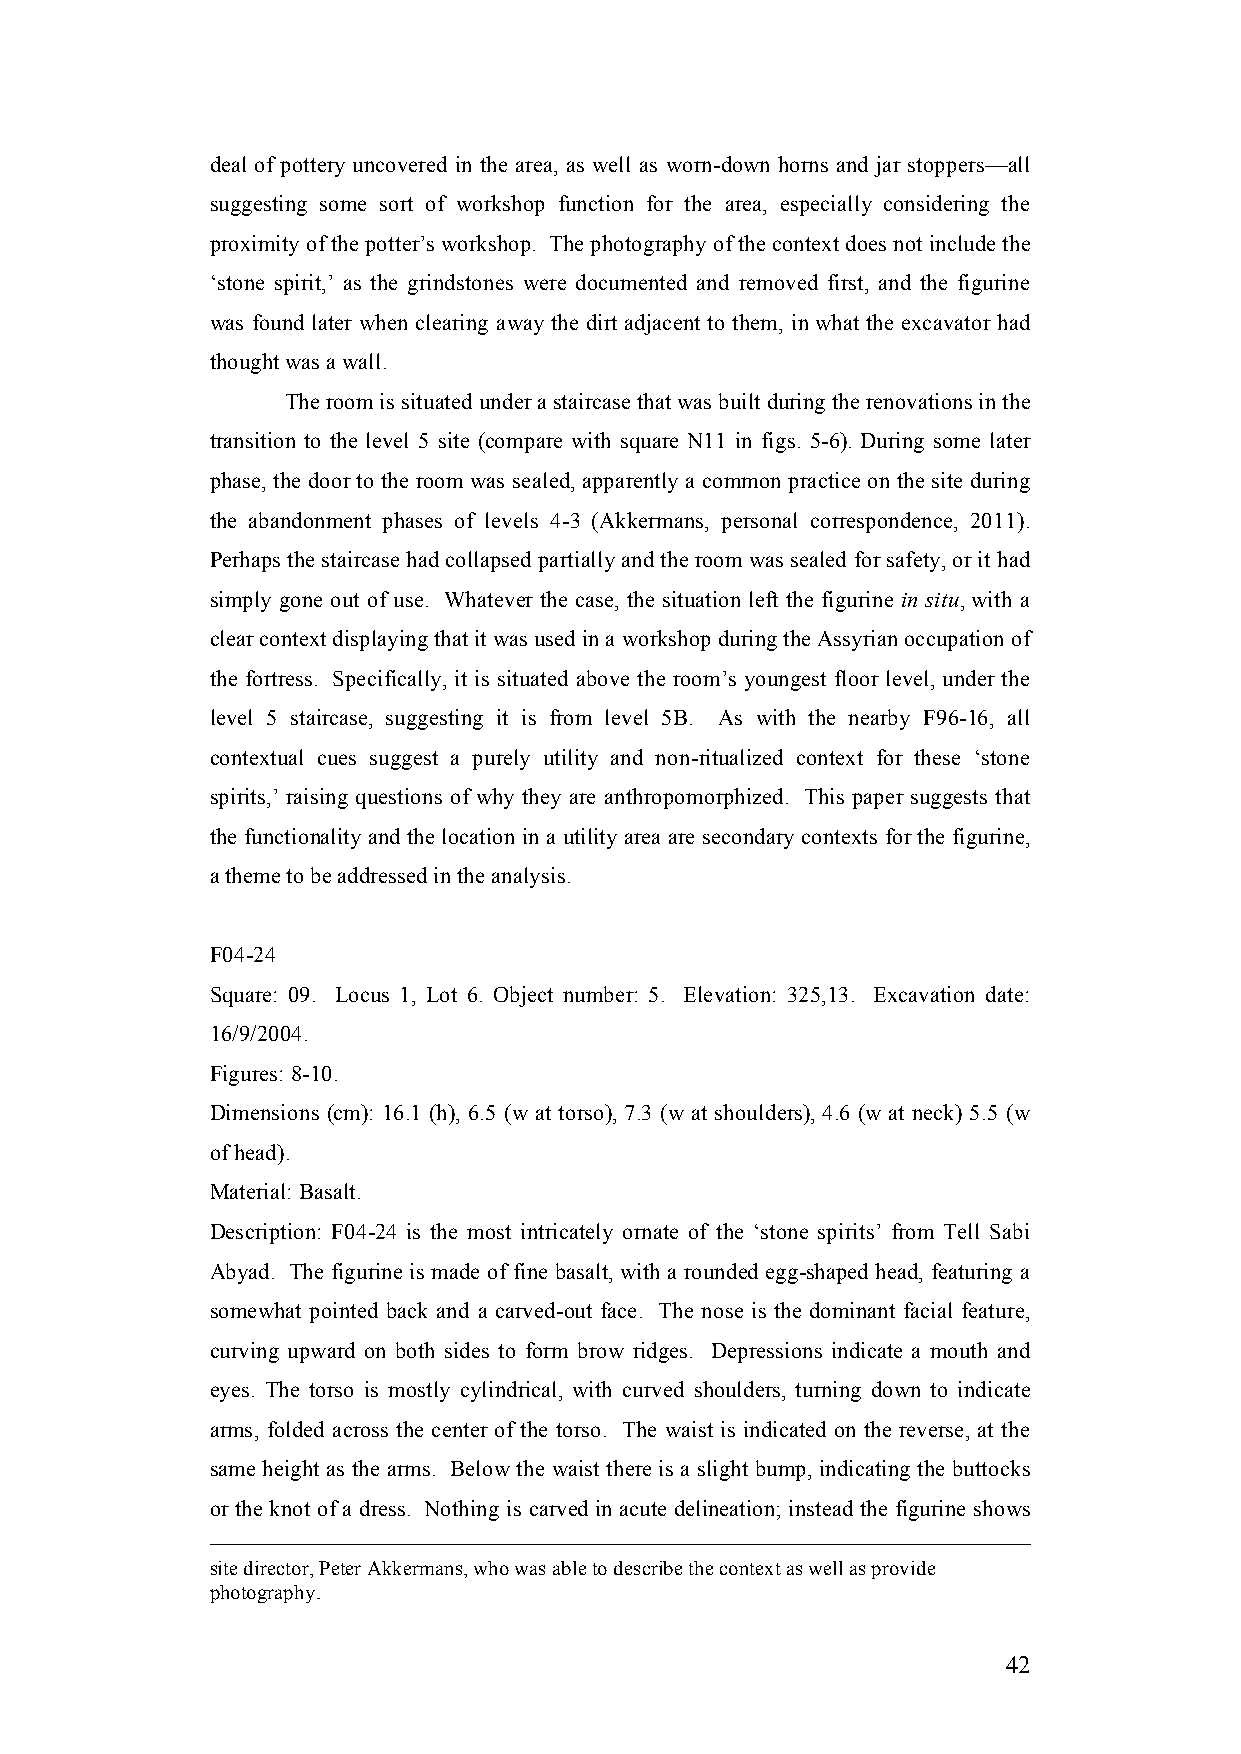
deal of pottery uncovered in the area, as well as worn-down horns and jar stoppers—all
 suggesting some sort of workshop function for the area, especially considering the
 proximity of the potter’s workshop. The photography of the context does not include the
 ‘stone spirit,’ as the grindstones were documented and removed first, and the figurine
 was found later when clearing away the dirt adjacent to them, in what the excavator had
 thought was a wall.
 The room is situated under a staircase that was built during the renovations in the
 transition to the level 5 site (compare with square N11 in figs. 5-6). During some later
 phase, the door to the room was sealed, apparently a common practice on the site during
 the abandonment phases of levels 4-3 (Akkermans, personal correspondence, 2011).
 Perhaps the staircase had collapsed partially and the room was sealed for safety, or it had
 simply gone out of use. Whatever the case, the situation left the figurine in situ, with a
 clear context displaying that it was used in a workshop during the Assyrian occupation of
 the fortress. Specifically, it is situated above the room’s youngest floor level, under the
 level 5 staircase, suggesting it is from level 5B. As with the nearby F96-16, all
 contextual cues suggest a purely utility and non-ritualized context for these ‘stone
 spirits,’ raising questions of why they are anthropomorphized. This paper suggests that
 the functionality and the location in a utility area are secondary contexts for the figurine,
 a theme to be addressed in the analysis.
 F04-24
 Square: 09. Locus 1, Lot 6. Object number: 5. Elevation: 325,13. Excavation date:
 16/9/2004.
 Figures: 8-10.
 Dimensions (cm): 16.1 (h), 6.5 (w at torso), 7.3 (w at shoulders), 4.6 (w at neck) 5.5 (w
 of head).
 Material: Basalt.
 Description: F04-24 is the most intricately ornate of the ‘stone spirits’ from Tell Sabi
 Abyad. The figurine is made of fine basalt, with a rounded egg-shaped head, featuring a
 somewhat pointed back and a carved-out face. The nose is the dominant facial feature,
 curving upward on both sides to form brow ridges. Depressions indicate a mouth and
 eyes. The torso is mostly cylindrical, with curved shoulders, turning down to indicate
 arms, folded across the center of the torso. The waist is indicated on the reverse, at the
 same height as the arms. Below the waist there is a slight bump, indicating the buttocks
 or the knot of a dress. Nothing is carved in acute delineation; instead the figurine shows
 site director, Peter Akkermans, who was able to describe the context as well as provide
 photography.
 42